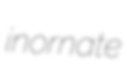
inornate